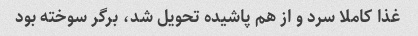
غذا کاملا سرد و از هم پاشیده تحویل شد، برگر سوخته بود